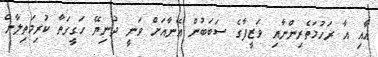
އާއި އާ ރަހުމަތެރިންނާއި ވަޒީފާގެ ސަބަބުން އޭނާއަށް ވަނީ ދުނިޔޭ ހަގީގަތާ ކުރިމަތިލާން